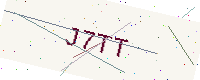
Text: J7TT